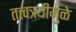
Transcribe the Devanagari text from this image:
तत्त्वत्रयीमुळे